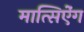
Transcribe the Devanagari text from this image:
मात्सिऐंग